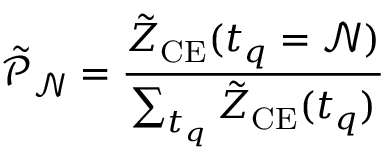
\mathcal { \tilde { P } _ { N } } = \frac { \tilde { Z } _ { \mathrm { C E } } ( t _ { q } = \mathcal { N } ) } { \sum _ { t _ { q } } \tilde { Z } _ { \mathrm { C E } } ( t _ { q } ) }